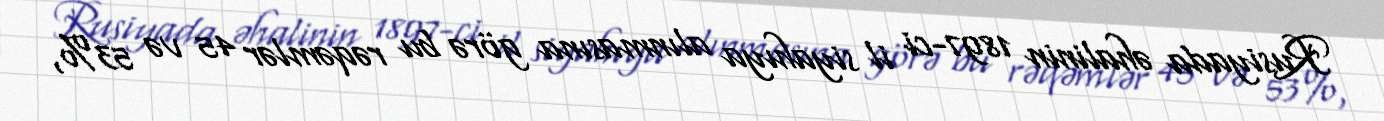
Rusiyada əhalinin 1897-ci il siyahıya alınmasına görə bu rəqəmlər 45 və 53%,